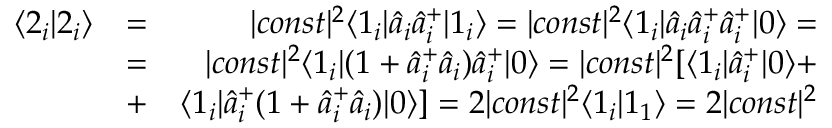
\begin{array} { r l r } { \langle 2 _ { i } | 2 _ { i } \rangle } & { = } & { | c o n s t | ^ { 2 } \langle 1 _ { i } | \hat { a } _ { i } \hat { a } _ { i } ^ { + } | 1 _ { i } \rangle = | c o n s t | ^ { 2 } \langle 1 _ { i } | \hat { a } _ { i } \hat { a } _ { i } ^ { + } \hat { a } _ { i } ^ { + } | 0 \rangle = } \\ & { = } & { | c o n s t | ^ { 2 } \langle 1 _ { i } | ( 1 + \hat { a } _ { i } ^ { + } \hat { a } _ { i } ) \hat { a } _ { i } ^ { + } | 0 \rangle = | c o n s t | ^ { 2 } [ \langle 1 _ { i } | \hat { a } _ { i } ^ { + } | 0 \rangle + } \\ & { + } & { \langle 1 _ { i } | \hat { a } _ { i } ^ { + } ( 1 + \hat { a } _ { i } ^ { + } \hat { a } _ { i } ) | 0 \rangle ] = 2 | c o n s t | ^ { 2 } \langle 1 _ { i } | 1 _ { 1 } \rangle = 2 | c o n s t | ^ { 2 } } \end{array}